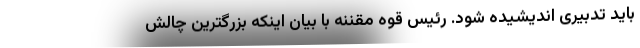
باید تدبیری اندیشیده شود. رئیس قوه مقننه با بیان اینکه بزرگترین چالش